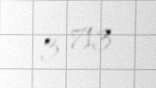
3 713